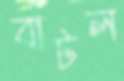
বাটল